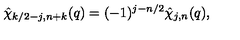
\hat { \chi } _ { k / 2 - j , n + k } ( q ) = ( - 1 ) ^ { j - n / 2 } \hat { \chi } _ { j , n } ( q ) ,